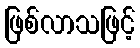
ဖြစ်လာသဖြင့်